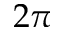
2 \pi